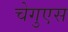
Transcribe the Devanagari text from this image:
चेगुएस